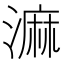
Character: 𣻕